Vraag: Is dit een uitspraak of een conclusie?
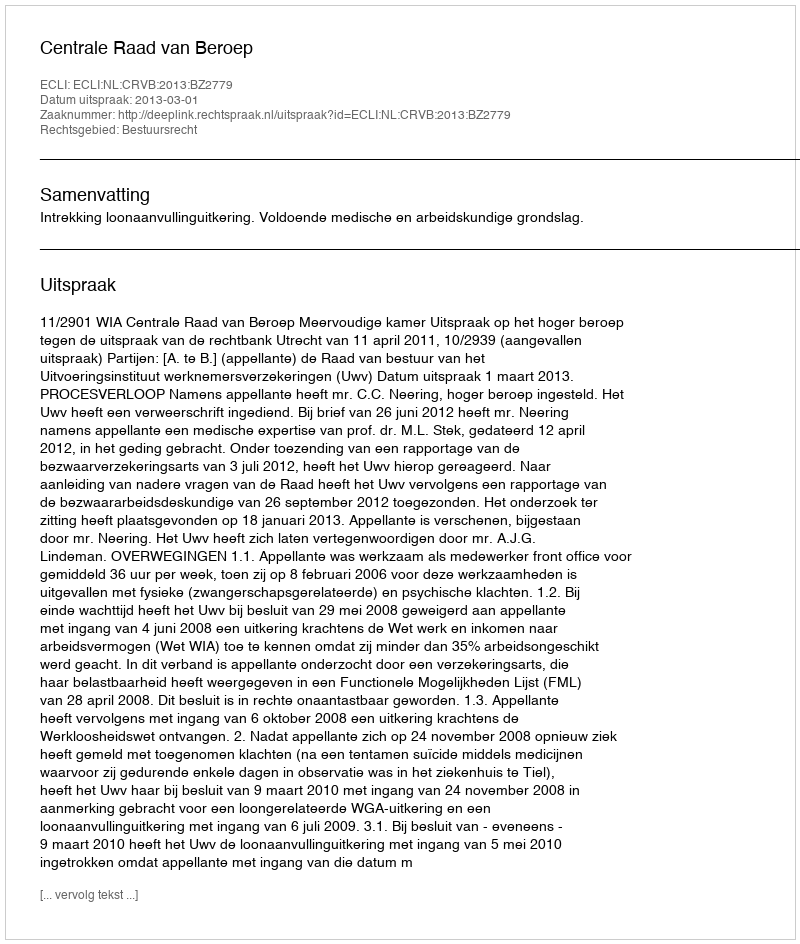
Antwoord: Uitspraak